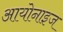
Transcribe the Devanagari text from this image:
आयोनाइज